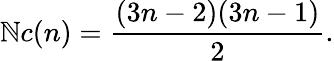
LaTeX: \mathbb{N}c(n)={\frac{{(3n-2)(3n-1)}}{{2}}}.